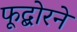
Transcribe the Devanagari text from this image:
फूद्बोरने